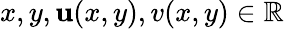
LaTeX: x,y,\mathbf{u}(x,y),v(x,y)\in\mathbb{{R}}